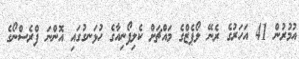
އުމުރުން 41 އަހަރުގެ ރެނޭ ލޯޕެޒްގެ މައްޗަށް ކެލިފޯނިއާގެ ހުޅަނގުގައި އޮންނަ ފްރެސްނޯގެ